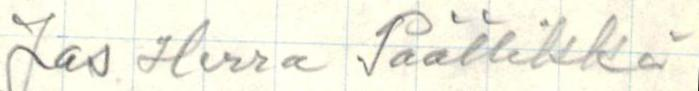
Jos Herra Päällikkö